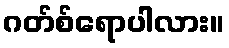
ဂတ်စ်ရောပါလား။